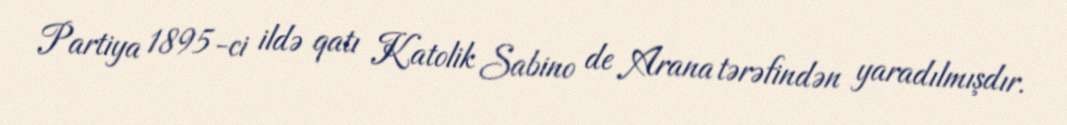
Partiya 1895-ci ildə qatı Katolik Sabino de Arana tərəfindən yaradılmışdır.